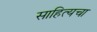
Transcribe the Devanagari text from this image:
साहित्यचा